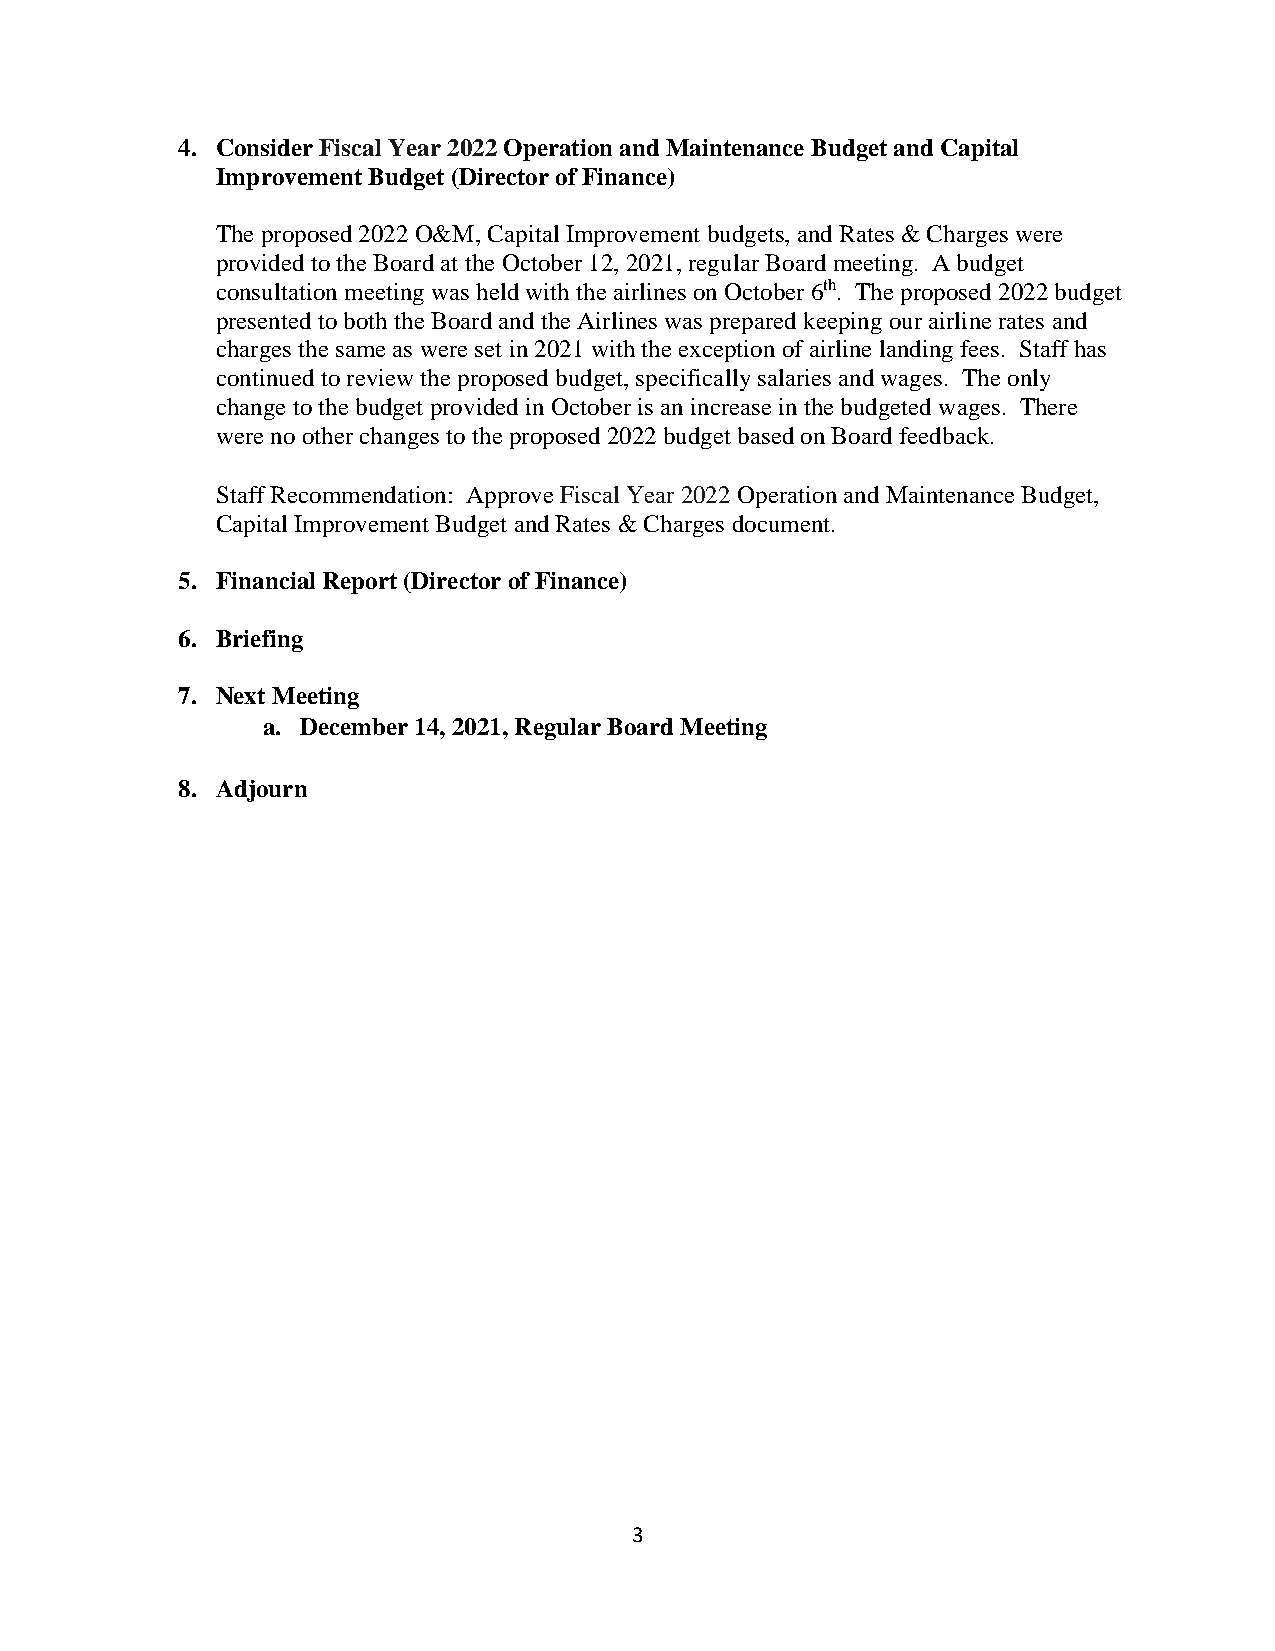
4. Consider Fiscal Year 2022 Operation and Maintenance Budget and Capital
 Improvement Budget (Director of Finance)
 The proposed 2022 O&M, Capital Improvement budgets, and Rates & Charges were
 provided to the Board at the October 12, 2021, regular Board meeting. A budget
 consultation meeting was held with the airlines on October 6th. The proposed 2022 budget
 presented to both the Board and the Airlines was prepared keeping our airline rates and
 charges the same as were set in 2021 with the exception of airline landing fees. Staff has
 continued to review the proposed budget, specifically salaries and wages. The only
 change to the budget provided in October is an increase in the budgeted wages. There
 were no other changes to the proposed 2022 budget based on Board feedback.
 Staff Recommendation: Approve Fiscal Year 2022 Operation and Maintenance Budget,
 Capital Improvement Budget and Rates & Charges document.
 5. Financial Report (Director of Finance)
 6. Briefing
 7. Next Meeting
 a. December 14, 2021, Regular Board Meeting
 8. Adjourn
 3